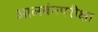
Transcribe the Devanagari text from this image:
आलबंनपरीक्षा